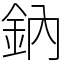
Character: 鈉